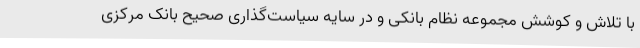
با تلاش و کوشش مجموعه نظام بانکی و در سایه سیاست‌گذاری صحیح بانک مرکزی